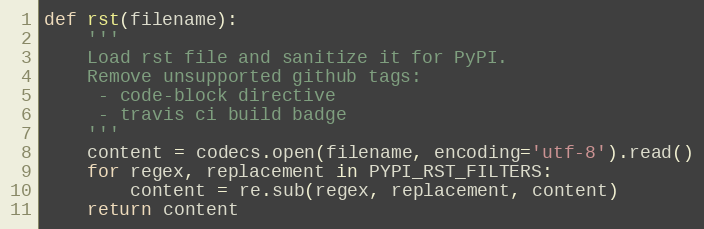
Language: Python
def rst(filename):
    '''
    Load rst file and sanitize it for PyPI.
    Remove unsupported github tags:
     - code-block directive
     - travis ci build badge
    '''
    content = codecs.open(filename, encoding='utf-8').read()
    for regex, replacement in PYPI_RST_FILTERS:
        content = re.sub(regex, replacement, content)
    return content